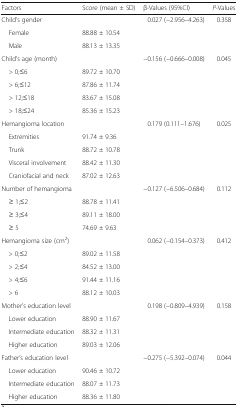
| Factors | Score (mean ± SD) | β-Values (95%CI) | P-Values |
 | --- | --- | --- | --- |
 | Child’s gender |  | 0.027 (−2.956–4.263) | 0.358 |
 | Female | 88.88 ± 10.54 |  |  |
 | Male | 88.13 ± 13.35 |  |  |
 | Child’s age (month) |  | −0.156 (−0.666--0.008) | 0.045 |
 | > 0;≤6 | 89.72 ± 10.70 |  |  |
 | > 6;≤12 | 87.86 ± 11.74 |  |  |
 | > 12;≤18 | 83.67 ± 15.08 |  |  |
 | > 18;≤24 | 85.36 ± 15.23 |  |  |
 | Hemangioma location |  | 0.179 (0.111–1.676) | 0.025 |
 | Extremities | 91.74 ± 9.36 |  |  |
 | Trunk | 88.72 ± 10.78 |  |  |
 | Visceral involvement | 88.42 ± 11.30 |  |  |
 | Craniofacial and neck | 87.02 ± 12.63 |  |  |
 | Number of hemangioma |  | −0.127 (−6.506–0.684) | 0.112 |
 | ≥ 1;≤2 | 88.78 ± 11.41 |  |  |
 | ≥ 3;≤4 | 89.11 ± 18.00 |  |  |
 | ≥ 5 | 74.69 ± 9.63 |  |  |
 | Hemangioma size (cm2) |  | 0.062 (−0.154–0.373) | 0.412 |
 | > 0;≤2 | 89.02 ± 11.58 |  |  |
 | > 2;≤4 | 84.52 ± 13.00 |  |  |
 | > 4;≤6 | 91.44 ± 11.16 |  |  |
 | > 6 | 88.12 ± 10.03 |  |  |
 | Mother’s education level |  | 0.198 (−0.809–4.939) | 0.158 |
 | Lower education | 88.90 ± 11.67 |  |  |
 | Intermediate education | 88.32 ± 11.31 |  |  |
 | Higher education | 89.03 ± 12.06 |  |  |
 | Father’s education level |  | −0.275 (−5.392--0.074) | 0.044 |
 | Lower education | 90.46 ± 10.72 |  |  |
 | Intermediate education | 88.07 ± 11.73 |  |  |
 | Higher education | 88.36 ± 11.80 |  |  |